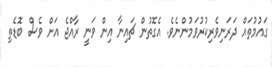
ގައުމުތައް ދަރަނިވެރިކުރުވަމުންނެވެ. އެގޮތުން ޗައިނާ އިން ވަނީ ރާއްޖެ އަށް ވެސް ބޮޑެތި